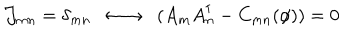
{ \cal J } _ { m n } = \delta _ { m n } \; \; \longleftrightarrow \; \; ( A _ { m } A _ { n } ^ { \dagger } - C _ { m n } ( \phi ) ) = 0